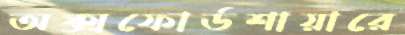
অক্সফোর্ডশায়ারে